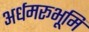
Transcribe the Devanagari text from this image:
अर्धमरूभूमि